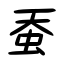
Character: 蚕